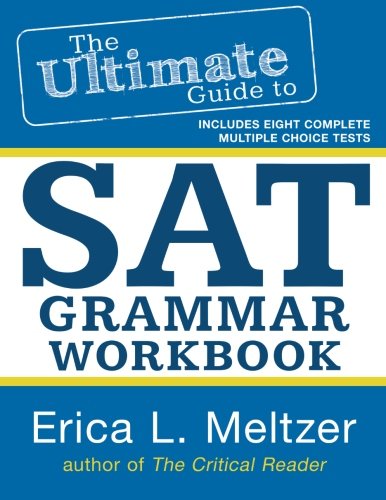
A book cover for The Ultimate Guide to SAT Grammar Workbook (Volume 2); Erica L. Meltzer; Test Preparation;